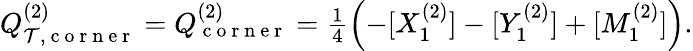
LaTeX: \begin{array}{r}{Q_{\mathcal{T},\mathrm{~c~o~r~n~e~r~}}^{(2)}=Q_{\mathrm{~c~o~r~n~e~r~}}^{(2)}=\frac{1}{4}\left(-[X_{1}^{(2)}]-[Y_{1}^{(2)}]+[M_{1}^{(2)}]\right).}\end{array}